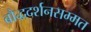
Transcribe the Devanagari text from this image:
बौद्धदर्शनसम्मत